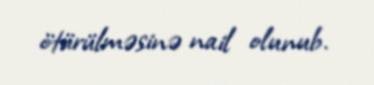
ötürülməsinə nail olunub.